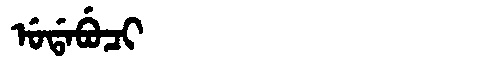
Manchu: ᡠᡩᠠᠪᡠᠴᡳ
Romanization: UDABUCI